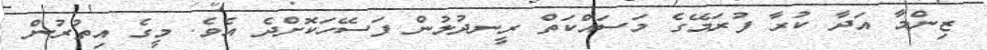
ޒިންމާ އަދާ ކުރާ ފުރަމޭގެ މަސައްކަތް ރީނދުލުން ފަސޭހަކޮށްދެ އެވެ. މީގެ އިތުރުން